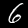
Digit: 6